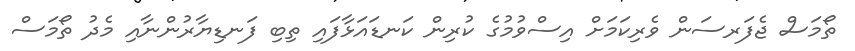
ތޯމަސް ޖެފަރސަން ވެރިކަމަށް އިސްވުމުގެ ކުރިން ކަނޑައަޅާފައި ތިބި ފަނޑިޔާރުންނާއި މެދު ތޯމަސް